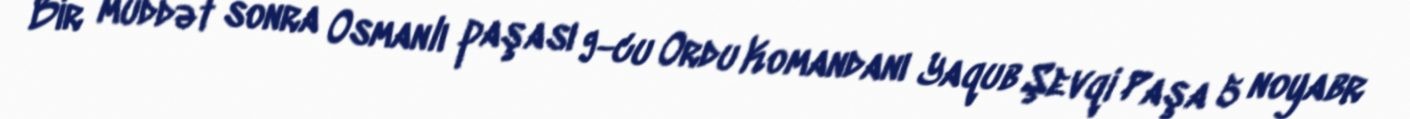
Bir müddət sonra Osmanlı paşası 9-cu Ordu Komandanı Yaqub Şevqi Paşa 5 noyabr